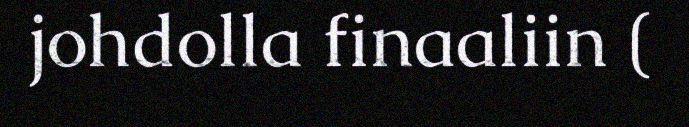
johdolla finaaliin (